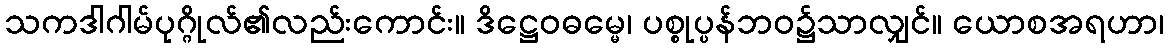
သကဒါဂါမ်ပုဂ္ဂိုလ်၏လည်းကောင်း။ ဒိဋ္ဌေဝဓမ္မေ၊ ပစ္စုပ္ပန်ဘဝ၌သာလျှင်။ ယောစအရဟာ၊